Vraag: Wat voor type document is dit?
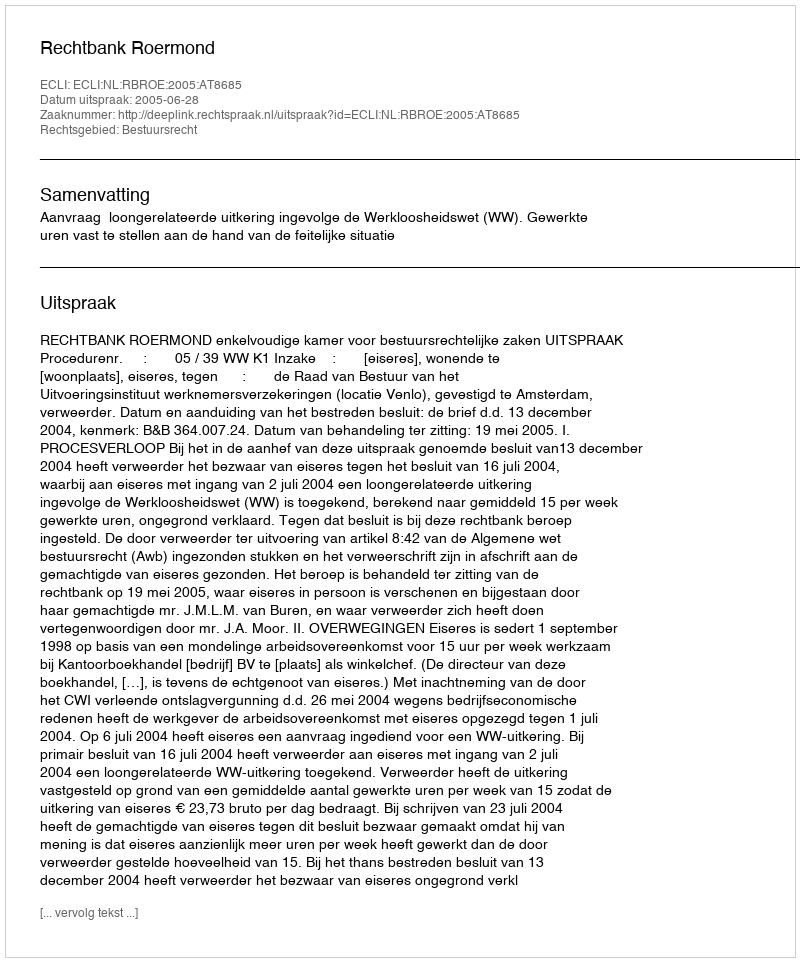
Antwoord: Uitspraak